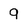
Character: 9